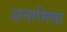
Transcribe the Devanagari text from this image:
अनामिया